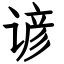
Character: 谚